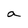
Character: a